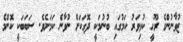
ޒުވާނުންގެ ރޫހީ ކުޅިވަރު ކަމުގައި ބުނުމަކީ ދޮގަކަށް ނުވާނެ ކަމަށެވެ. ސަބަބަކީ ކޮންމެ